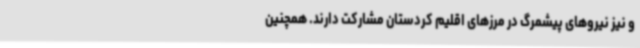
و نیز نیروهای پیشمرگ در مرزهای اقلیم کردستان مشارکت دارند. همچنین